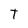
Character: T